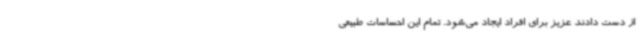
از دست دادند عزیز برای افراد ایجاد می‌شود. تمام این احساسات طبیعی